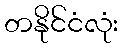
တနိုင်ငံလုံး